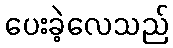
ပေးခဲ့လေသည်